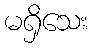
မရှိသေး